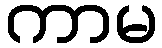
ကာမ